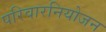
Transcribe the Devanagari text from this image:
परिवारनियोजन